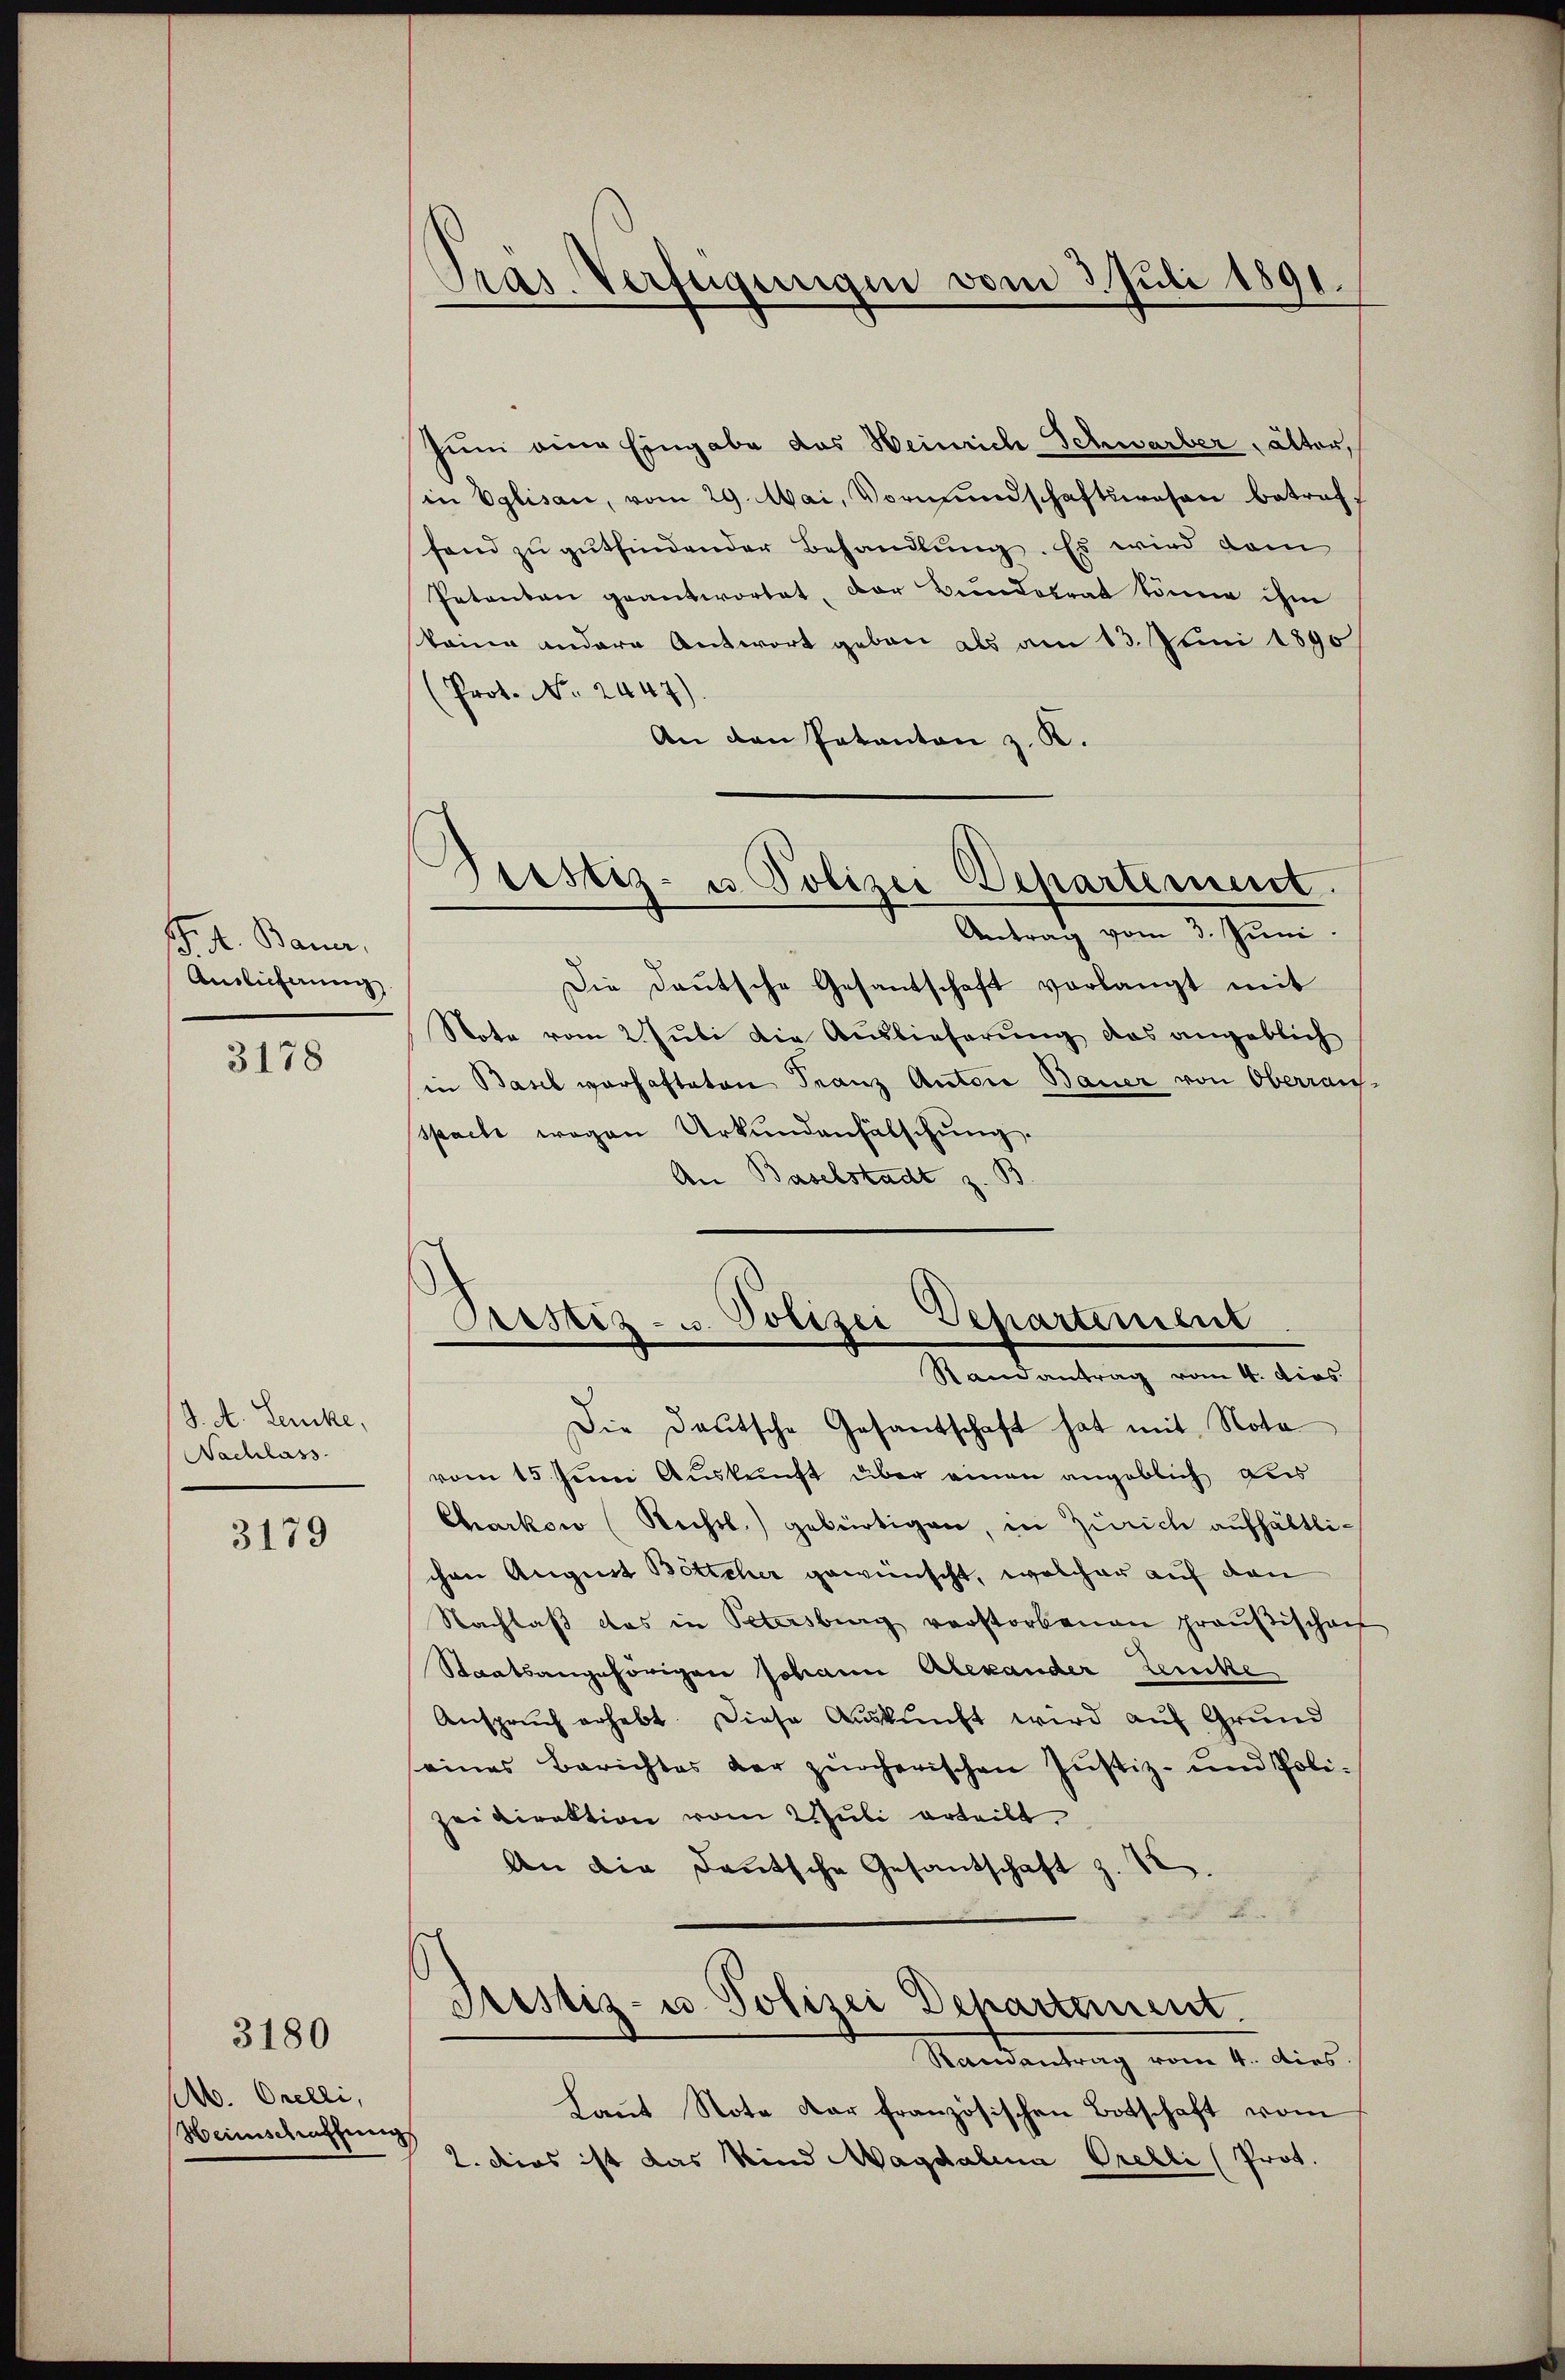
B. 4. Bauer,
Anslicherung

3178

J. A. Lencke,
Nachlass

3179

M. Orelli,
Heimschaffung

3180

Pras Verfügungen vom 3. Juli 1891.

Zum eine Eingabe des Heinrich Schwarber, älter,
in Eglisau, vom 29. Mai, Vormundschaftswesen betreff
fand zu gutfindender Behandlung. Es wird dam
Petenten geantwortet, der Bundesrat könne ihm
staine andere Antwort geben als am 13. Juni 1890
(Prot. No. 2447).
An den Patanton z. K.
Prestiz- u Polizei Departement.
Antrag vom 3. Juni.
Die Deutsche Gesantschaft vorlangt mit
Note vom 2. Juli die Auslieferung das angeblich
in Basel vorhafteten Franz Autore Bauer von Oberraus-
spach wegen Urkundenfälschung.
An Baselstadt z. B.

Crstiz- u. Polizei Departement
Randantrag vom 4. dies.

Die Deutsche Gesandschaft hat mit Nota
vom 15 ten Auskunft über einen angeblich das
Charkow (Rechtl.) gebürtigen, in Zürich aufhältlichen August Böttcher gewünscht, welcher auf den
Nachlaβ das in Petersburg verstorbenen präŭβischen
Staatsangehörigen Johann Alexander Zencke
Anspruch erhebt. Diese Auskunft wird auf Grund
eines Berichtes der zürcherischen Justiz- und Poli-
zeidirektion vom Juli erteilt.
An die Deutsche Gesandschaft z. 12.
Justiz- u Polizei Departement.
Samantrag vom 4. dies
Laut Note dar französischen Botschaft vom
2. dies ist das Kind Magdalena Orelli (Prot.